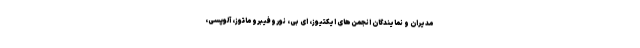
مدیران و نمایندگان انجمن‌های ایکتیوز، ای بی، نوروفیبروماتوز، آلوپسی،